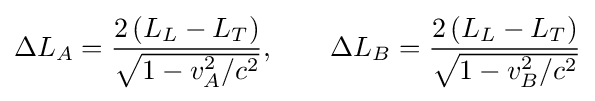
\Delta L_{A}={\frac {2\left(L_{L}-L_{T}\right)}{\sqrt {1-v_{A}^{2}/c^{2}}}},\qquad \Delta L_{B}={\frac {2\left(L_{L}-L_{T}\right)}{\sqrt {1-v_{B}^{2}/c^{2}}}}